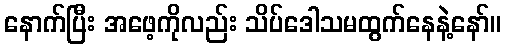
နောက်ပြီး အဖေ့ကိုလည်း သိပ်ဒေါသမထွက်နေနဲ့နော်။